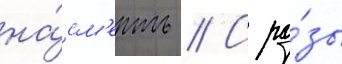
на́см'ерть // С ро́зы